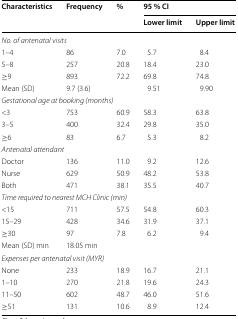
| <ROWSPAN=2> Characteristics | <ROWSPAN=2> Frequency | <ROWSPAN=2> % | <COLSPAN=2> 95 % CI |
 | Lower limit | Upper limit |
 | --- | --- | --- | --- | --- |
 | <COLSPAN=5> No. of antenatal visits |
 | 1–4 | 86 | 7.0 | 5.7 | 8.4 |
 | 5–8 | 257 | 20.8 | 18.4 | 23.0 |
 | ≥9 | 893 | 72.2 | 69.8 | 74.8 |
 | Mean (SD) | <COLSPAN=2> 9.7 (3.6) | 9.51 | 9.90 |
 | <COLSPAN=5> Gestational age at booking (months) |
 | <3 | 753 | 60.9 | 58.3 | 63.8 |
 | 3–5 | 400 | 32.4 | 29.8 | 35.0 |
 | ≥6 | 83 | 6.7 | 5.3 | 8.2 |
 | <COLSPAN=5> Antenatal attendant |
 | Doctor | 136 | 11.0 | 9.2 | 12.6 |
 | Nurse | 629 | 50.9 | 48.2 | 53.8 |
 | Both | 471 | 38.1 | 35.5 | 40.7 |
 | <COLSPAN=5> Time required to nearest MCH Clinic (min) |
 | <15 | 711 | 57.5 | 54.8 | 60.3 |
 | 15–29 | 428 | 34.6 | 31.9 | 37.1 |
 | ≥30 | 97 | 7.8 | 6.2 | 9.4 |
 | Mean (SD) min | <COLSPAN=2> 18.05 min |  |  |
 | <COLSPAN=5> Expenses per antenatal visit (MYR) |
 | None | 233 | 18.9 | 16.7 | 21.1 |
 | 1–10 | 270 | 21.8 | 19.6 | 24.3 |
 | 11–50 | 602 | 48.7 | 46.0 | 51.6 |
 | ≥51 | 131 | 10.6 | 8.9 | 12.4 |